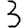
Digit: 3